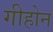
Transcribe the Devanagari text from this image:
गीहोन